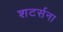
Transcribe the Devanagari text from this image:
शटर्सना